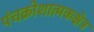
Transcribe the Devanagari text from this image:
पंचक्रोशात्मकक्षेत्र